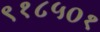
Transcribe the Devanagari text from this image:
९१८५०१